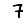
Digit: 7